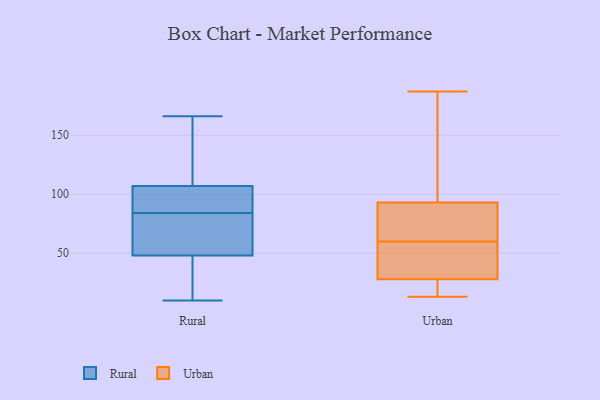
{"axis": {"x": "Customer Acquisition Cost (USD)", "y": "Value"}, "legend": ["Rural", "Urban"], "data": [{"x": "", "y": 91, "type": "Rural"}, {"x": "", "y": 166, "type": "Rural"}, {"x": "", "y": 149, "type": "Rural"}, {"x": "", "y": 106, "type": "Rural"}, {"x": "", "y": 80, "type": "Rural"}, {"x": "", "y": 18, "type": "Rural"}, {"x": "", "y": 41, "type": "Rural"}, {"x": "", "y": 85, "type": "Rural"}, {"x": "", "y": 70, "type": "Rural"}, {"x": "", "y": 20, "type": "Rural"}, {"x": "", "y": 55, "type": "Rural"}, {"x": "", "y": 147, "type": "Rural"}, {"x": "", "y": 93, "type": "Rural"}, {"x": "", "y": 10, "type": "Rural"}, {"x": "", "y": 108, "type": "Rural"}, {"x": "", "y": 83, "type": "Rural"}, {"x": "", "y": 61, "type": "Urban"}, {"x": "", "y": 28, "type": "Urban"}, {"x": "", "y": 187, "type": "Urban"}, {"x": "", "y": 16, "type": "Urban"}, {"x": "", "y": 13, "type": "Urban"}, {"x": "", "y": 163, "type": "Urban"}, {"x": "", "y": 93, "type": "Urban"}, {"x": "", "y": 75, "type": "Urban"}, {"x": "", "y": 59, "type": "Urban"}, {"x": "", "y": 51, "type": "Urban"}]}